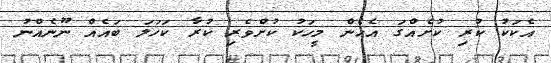
އެކަކު ކުރި ކުށެއްގަ އެހެން މީހަކު ކުށްވެރި ކުރާ ކަހަލަ ބައެއް ނޫނެއްނު